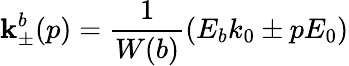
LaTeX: {\mathbf k}_{\pm}^{b}(p)=\frac{1}{W(b)}(E_{b}k_{0}\pm pE_{0})